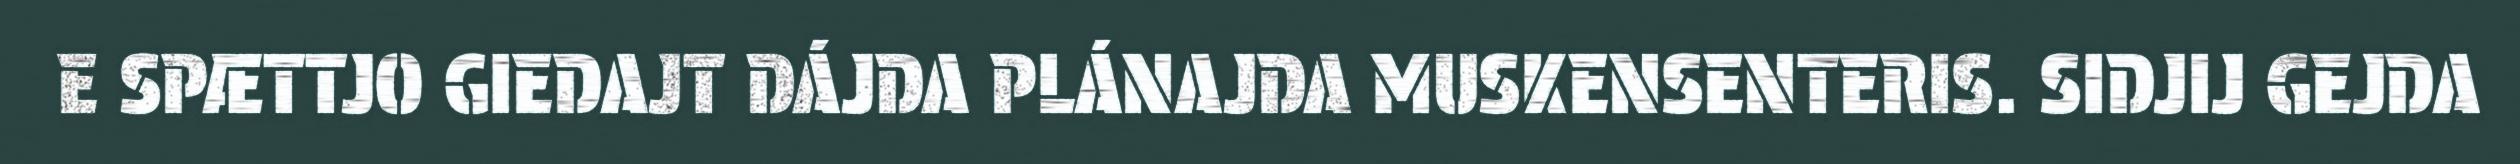
E SPÆTTJO GIEDAJT DÁJDA PLÁNAJDA MUSKENSENTERIS. SIDJIJ GEJDA